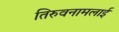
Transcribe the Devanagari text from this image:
तिरुवनामलाई